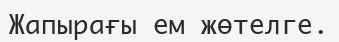
Жапырағы ем жөтелге.